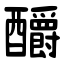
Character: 釂